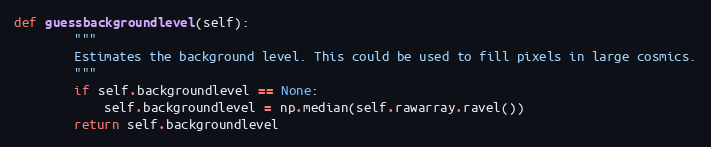
Language: Python
def guessbackgroundlevel(self):
        """
        Estimates the background level. This could be used to fill pixels in large cosmics.
        """
        if self.backgroundlevel == None:
            self.backgroundlevel = np.median(self.rawarray.ravel())
        return self.backgroundlevel